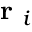
\mathrm { ~ \bf ~ r ~ } _ { i }